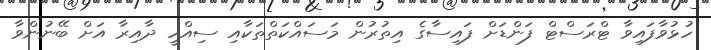
ހުޅުވާފައިވާ ޓްރަސްޓް ފަންޑަށް ފައިސާގެ އިތުރުން މަސައްކަތްތަކާއި ސިއްހީ ދާއިރާ އަށް ބޭނުންވާ